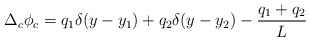
\begin{align*}\Delta_c \phi_c = q_1 \delta(y - y_1) + q_2 \delta(y - y_2) -\frac{q_1 + q_2}{L}\end{align*}